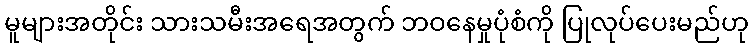
မူများအတိုင်း သားသမီးအရေအတွက် ဘဝနေမှုပုံစံကို ပြုလုပ်ပေးမည်ဟု